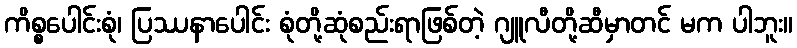
ကိစ္စပေါင်းစုံ၊ ပြဿနာပေါင်း စုံတို့ဆုံစည်းရာဖြစ်တဲ့ ဂျူလီတို့ဆီမှာတင် မက ပါဘူး။